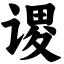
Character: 谡